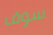
سوف